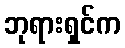
ဘုရားရှင်က